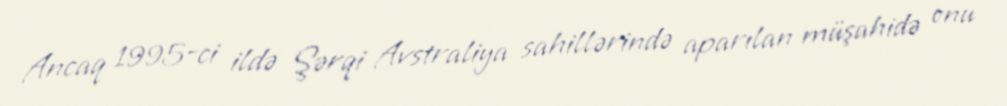
Ancaq 1995-ci ildə Şərqi Avstraliya sahillərində aparılan müşahidə onu